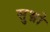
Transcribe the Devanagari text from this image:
सुभ्रो